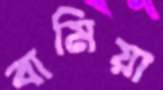
বামিয়া